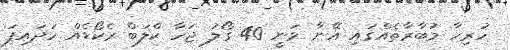
ހުރިހާ މުބާރާތެއްގައި އޭނާ ވަނީ 40 ގޯލު ޖަހާ ކްލަބް ރެކޯޑެއް ހަދައިފަ